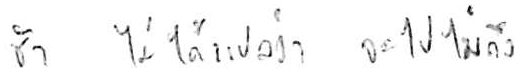
ช้า ไม่ได้แปลว่า จะไปไม่ถึง